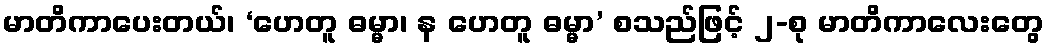
မာတိကာပေးတယ်၊ ‘ဟေတူ ဓမ္မာ၊ န ဟေတူ ဓမ္မာ’ စသည်ဖြင့် ၂-စု မာတိကာလေးတွေ